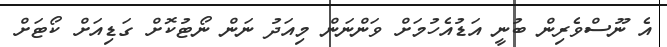
އެ ނޫސްވެރިން ބުނީ އަޑުއެހުމަށް ވަންނަން މިއަދު ނަން ނޯޓުކޮށް ގަޑިއަށް ކޯޓަށް